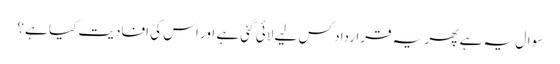
سوال یہ ہے پھر یہ قرارداد کس لیے لائی گئی ہے اور اس کی افادیت کیا ہے؟